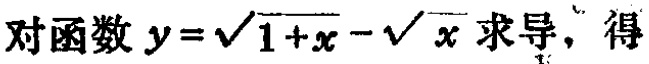
对函数 \(y = \sqrt{1 + x} - \sqrt{x}\) 求导，得